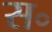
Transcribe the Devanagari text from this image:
स॰